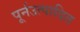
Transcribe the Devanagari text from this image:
पूर्नउत्पादित